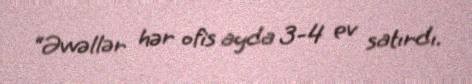
“Əvvəllər hər ofis ayda 3-4 ev satırdı.